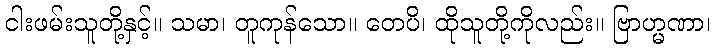
ငါးဖမ်းသူတို့နှင့်။ သမာ၊ တူကုန်သော။ တေပိ၊ ထိုသူတို့ကိုလည်း။ ဗြာဟ္မဏာ၊